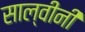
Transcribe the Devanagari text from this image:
साल्वीनी